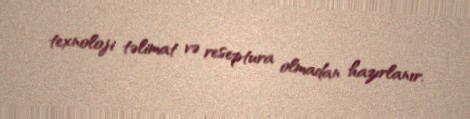
texnoloji təlimat və reseptura olmadan hazırlanır.